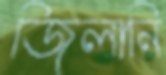
জিলানি